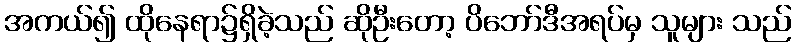
အကယ်၍ ထိုနေရာ၌ရှိခဲ့သည် ဆိုဦးတော့ ပိဘော်ဒီအရပ်မှ သူများ သည်